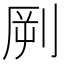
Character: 𱐝